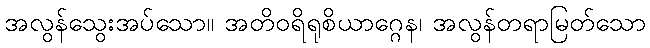
အလွန်သွေးအပ်သော။ အတိဝရိရုစိယာဂ္ဂေန၊ အလွန်တရာမြတ်သော